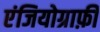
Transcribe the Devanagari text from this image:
एंजियोग्राफ़ी